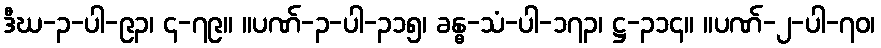
ဒီဃ-၃-ပါ-၉၃၊ ၄-၇၉။ ။ပဏ်-၃-ပါ-၃၁၅၊ ခန္ဓ-သံ-ပါ-၁၇၃၊ ဋ္ဌ-၃၁၄။ ။ပဏ်-၂-ပါ-၇၀၊